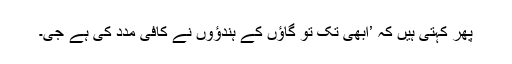
پھر کہتی ہیں کہ ’ابھی تک تو گاؤں کے ہندؤوں نے کافی مدد کی ہے جی۔